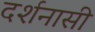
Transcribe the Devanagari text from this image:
दर्शनासी